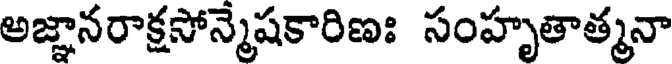
అజ్ఞానరాక్షసోన్మెషకారిణః సంహృతాత్మనా